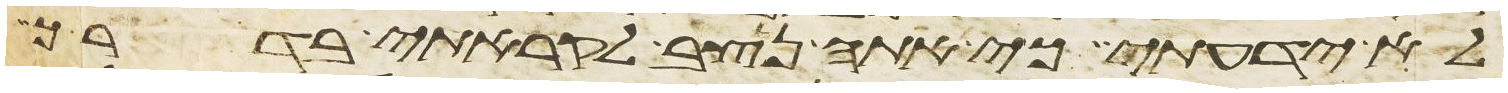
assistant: לא ידעתי כי אתה נצב לקראתי בדרך